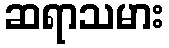
ဆရာသမား